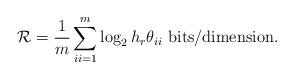
LaTeX: \begin{align*}\mathcal R &= \frac 1 m \sum_{ii=1}^m\log_2 h_r\theta_{ii} \textrm{ bits/dimension}.\end{align*}